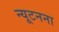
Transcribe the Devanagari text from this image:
न्यूटनना